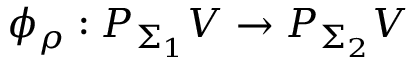
\phi _ { \rho } : P _ { \Sigma _ { 1 } } V \to P _ { \Sigma _ { 2 } } V